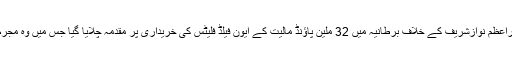
ڈیلی میل کا کہناتھاکہ گزشتہ سال شہبازشریف کے بھائی اور سابق وزیراعظم نوازشریف کے خلاف برطانیہ میں 32 ملین پاﺅنڈ مالیت کے ایون فیلڈ فلیٹس کی خریداری پر مقدمہ چلایا گیا جس میں وہ مجرم ٹھہرے تاہم اس وقت وہ جیل میں سات سال قید کی سزا کاٹ رہے ہیں ۔